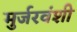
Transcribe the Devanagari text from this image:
मुर्जरवंशी